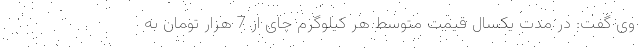
وی گفت: در مدت یکسال قیمت متوسط هر کیلوگرم چای از 7 هزار تومان به